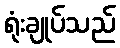
ရုံးချုပ်သည်